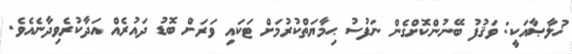
ޚުލާޞާއަކީ: ވަޤުފު ބޭނުންކޮށްގެން ނަފުސު ޙިމާޔަތްކުރުމަށް ޓަކައި ވަރަށް ބޮޑު ދައުރެއް އަދާކުރެވިދާނެއެވެ.